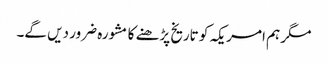
مگر ہم امریکہ کو تاریخ پڑھنے کا مشورہ ضرور دیں گے۔